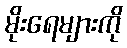
မိုးရေများကို